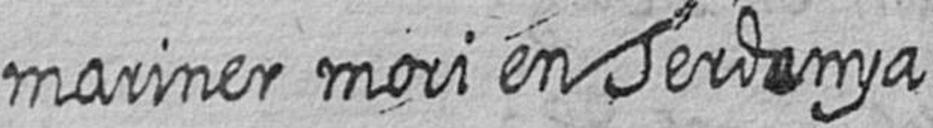
mariner mori en Serdenya